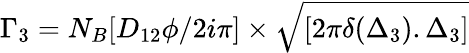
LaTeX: \Gamma_{3}=N_{B}[D_{12}\phi/{2i\pi}]\times{\sqrt{[2\pi\delta(\Delta_{3}).\Delta_{3}]}}